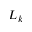
L _ { k }